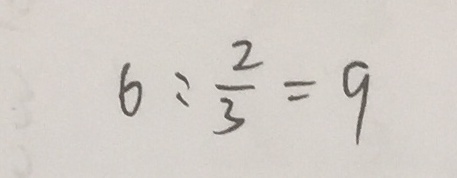
6 : \frac { 2 } { 3 } = 9